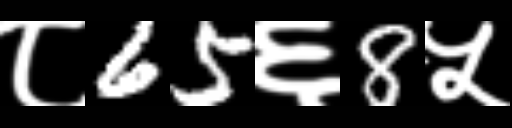
Text: ८65६8५